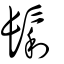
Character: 鬁